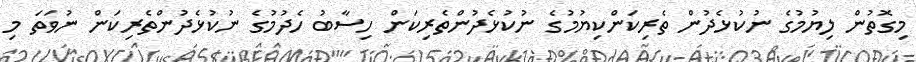
މިގޮތުން ލިޔުމުގެ ނުކުޅެދުން ތެރިކަންކިޔުމުގެ ނުކުޅެދުންތެރިކަން ހިސާބު ހެދުމުގެ ނުކުޅެދުންތެރިކަން ނުވަތަ މި